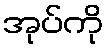
အုပ်ကို